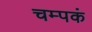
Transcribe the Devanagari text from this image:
चम्पकं